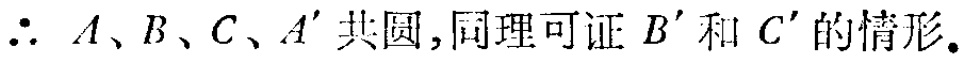
$\therefore\ A、B、C、A^{\prime}$共圆,同理可证$B^{\prime}$和$C^{\prime}$的情形。